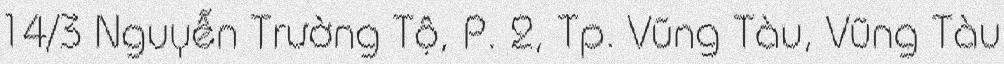
14/3 Nguyễn Trường Tộ, P. 2, Tp. Vũng Tàu, Vũng Tàu